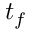
t _ { f }